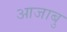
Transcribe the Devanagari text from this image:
आजाबु